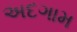
અદગામ